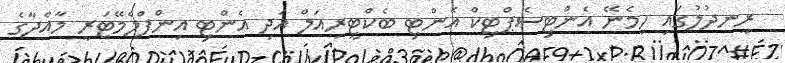
ރީނދުލުގައި ހިމެނޭ އެންޓިސެޕްޓިކް އެންޓި ބެކްޓީރިއަލް އަދި އެންޓި އިންފްލެމޭޓަރީ މާއްދާގެ